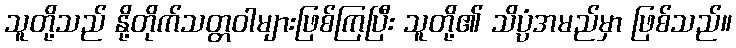
သူတို့သည် နို့တိုက်သတ္တဝါများဖြစ်ကြပြီး သူတို့၏ သိပ္ပံအမည်မှာ ဖြစ်သည်။